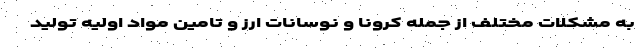
به مشکلات مختلف از جمله کرونا و نوسانات ارز و تامین مواد اولیه تولید